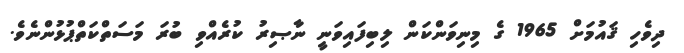
ދިވެހި ޤައުމަށް 1965 ގެ މިނިވަންކަން ލިބިފައިވަނީ ނާޞިރު ކުރެއްވި ބުރަ މަސަތްކަތްޕުޅުންނެވެ.